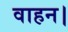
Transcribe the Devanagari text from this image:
वाहन।